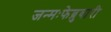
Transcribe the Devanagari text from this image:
जन्मःफेब्रुवारी